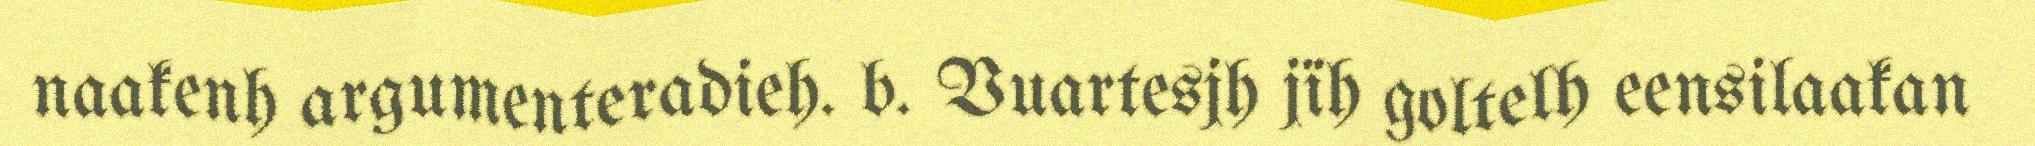
naakenh argumenteradieh. b. Vuartesjh jïh goltelh eensilaakan